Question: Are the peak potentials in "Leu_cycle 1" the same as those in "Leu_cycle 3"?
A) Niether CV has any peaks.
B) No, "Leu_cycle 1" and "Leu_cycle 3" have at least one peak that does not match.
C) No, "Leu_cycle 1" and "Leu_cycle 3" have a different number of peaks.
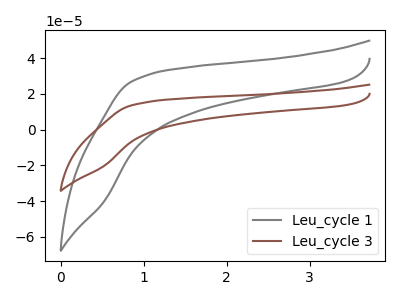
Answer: <think>The gray curve "Leu_cycle 1" has no peaks. The brown curve "Leu_cycle 3" has no peaks.</think>
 <answer>A) Niether CV has any peaks.</answer>
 <eval>A</eval>